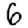
Digit: 6